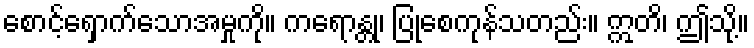
စောင့်ရှောက်သောအမှုကို။ ကရောန္တု၊ ပြုစေကုန်သတည်း။ ဣတိ၊ ဤသို့။